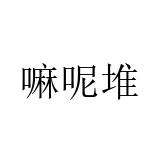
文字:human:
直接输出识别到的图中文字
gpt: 嘛呢堆